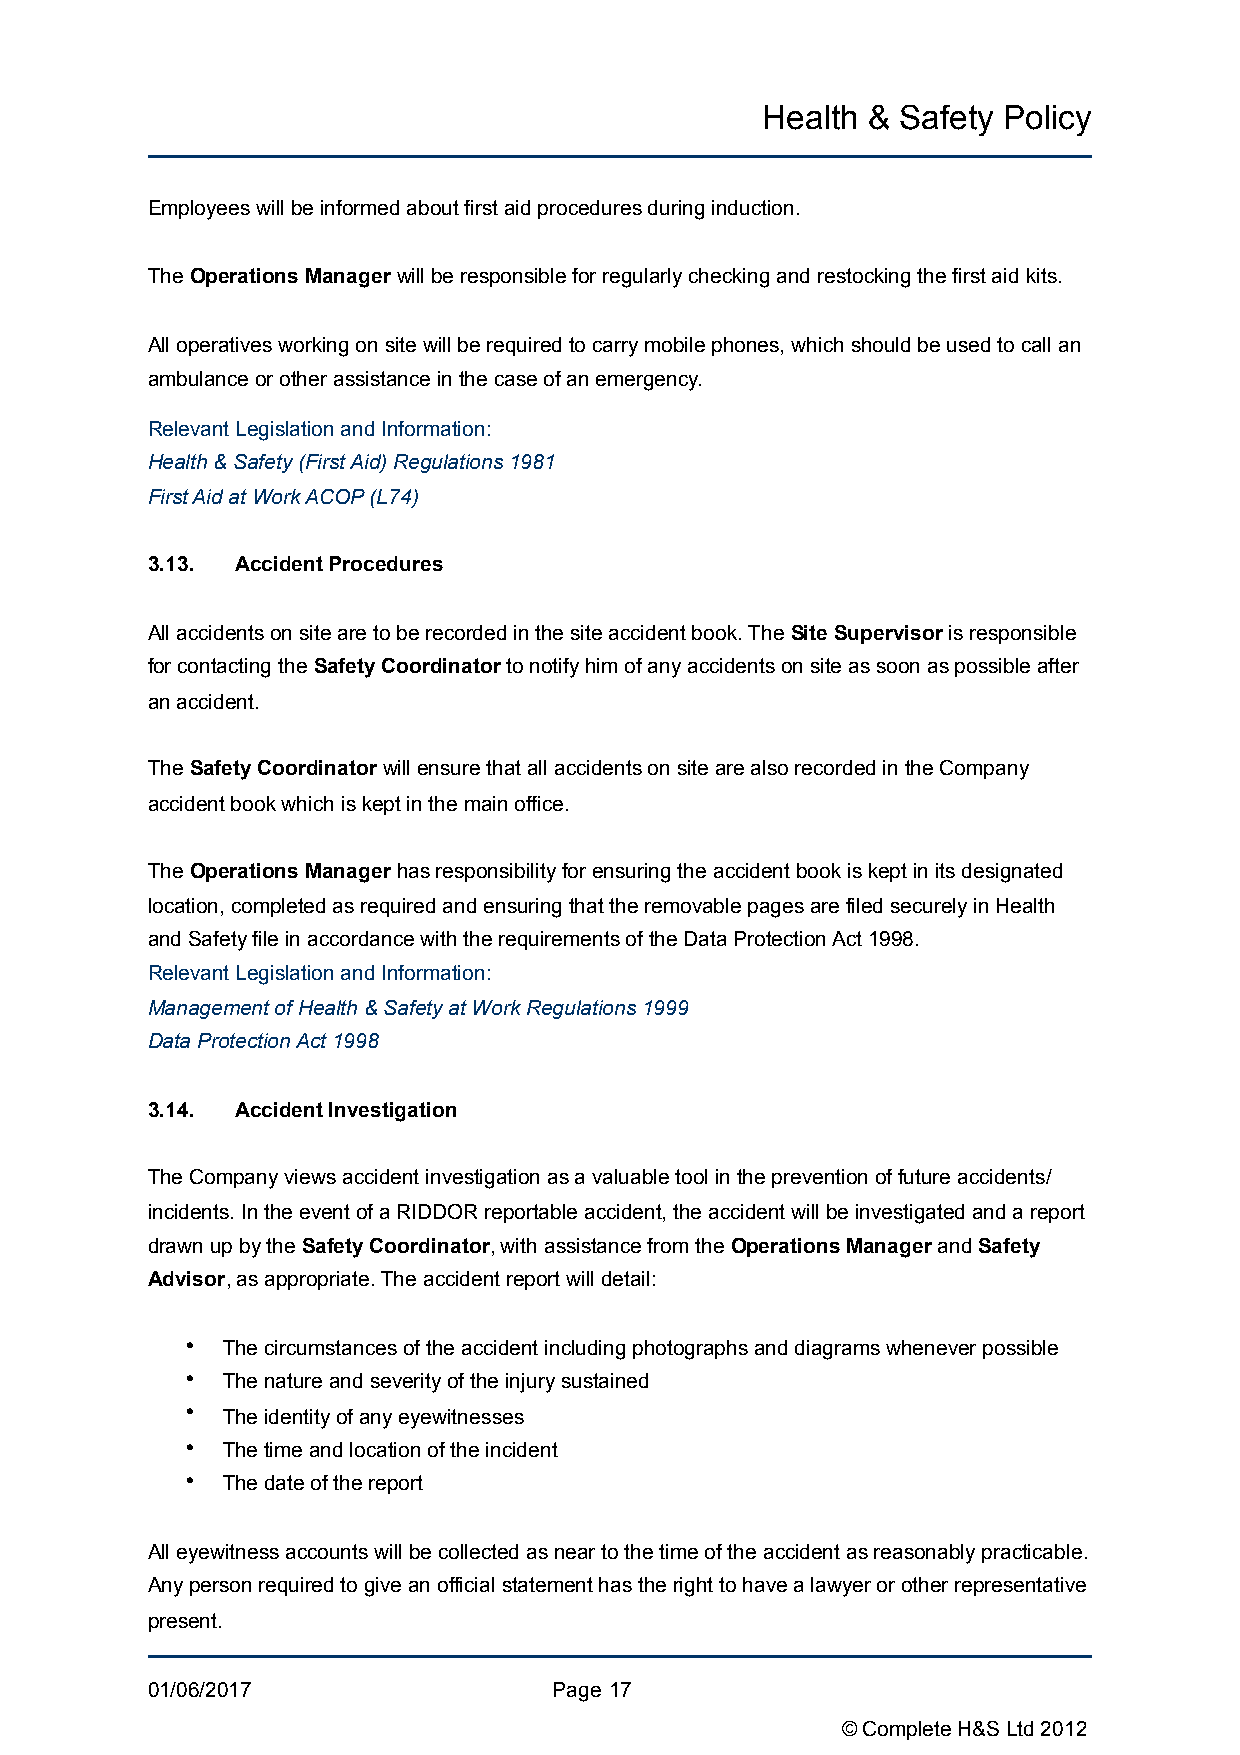
Health &  Safety Policy
 Employees will be informed about first aid procedures during induction.
 The Operations Manager will be responsible for regularly checking and restocking the first aid kits.
 All operatives working on site will be required to carry mobile phones, which should be used to call an
 ambulance or other assistance in the case of an emergency.
 Relevant Legislation and Information:
 Health & Safety (First Aid) Regulations 1981
 First Aid at Work ACOP (L74)
 3.13. Accident Procedures
 All accidents on site are to be recorded in the site accident book. The Site Supervisor is responsible
 for contacting the Safety Coordinator to notify him of any accidents on site as soon as possible after
 an accident.
 The Safety Coordinator will ensure that all accidents on site are also recorded in the Company
 accident book which is kept in the main office.
 The Operations Manager has responsibility for ensuring the accident book is kept in its designated
 location, completed as required and ensuring that the removable pages are filed securely in Health
 and Safety file in accordance with the requirements of the Data Protection Act 1998.
 Relevant Legislation and Information:
 Management of Health & Safety at Work Regulations 1999
 Data Protection Act 1998
 3.14. Accident Investigation
 The Company views accident investigation as a valuable tool in the prevention of future accidents/
 incidents. In the event of a RIDDOR reportable accident, the accident will be investigated and a report
 drawn up by the Safety Coordinator, with assistance from the Operations Manager and Safety
 Advisor, as appropriate. The accident report will detail:
 •  The circumstances of the accident including photographs and diagrams whenever possible
 •  The nature and severity of the injury sustained
 •  The identity of any eyewitnesses
 •  The time and location of the incident
 •  The date of the report
 All eyewitness accounts will be collected as near to the time of the accident as reasonably practicable.
 Any person required to give an official statement has the right to have a lawyer or other representative
 present.
 01/06/2017                 Page !17
 © Complete H&S Ltd 2012